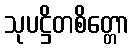
သုပဋ္ဌိတစိတ္တော